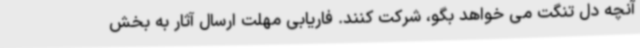
آنچه دل تنگت می خواهد بگو، شرکت کنند. فاریابی مهلت ارسال آثار به بخش